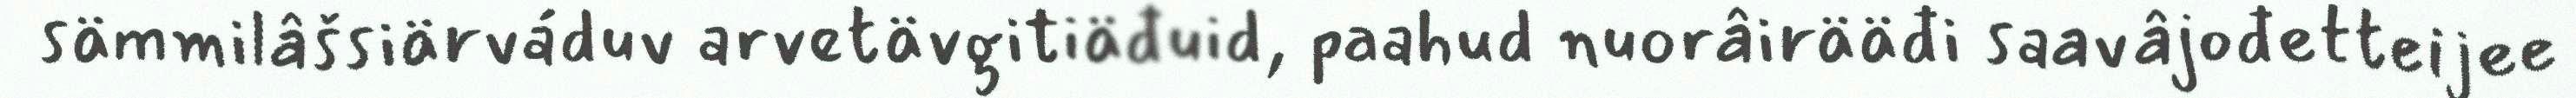
sämmilâšsiärváduv arvetävgitiäđuid, paahud nuorâirääđi saavâjođetteijee